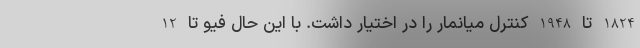
1824 تا 1948 کنترل میانمار را در اختیار داشت. با این حال فیو تا 12